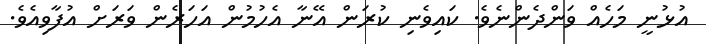
އުޅުނީ މަހެއް ވަންދެންނެވެ. ކައިވެނި ކުރަން އޭނާ އެހުމުން އަހަރެން ވަރަށް އުފާވިއެވެ.